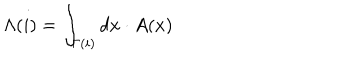
\Lambda ( i ) = \int _ { \Gamma ( i ) } d x \cdot A ( x )